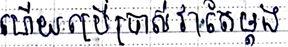
ហើយប្រើប្រាស់វាតែម្តង